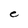
Character: e